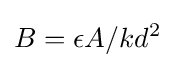
B=\epsilon A/kd^{2}